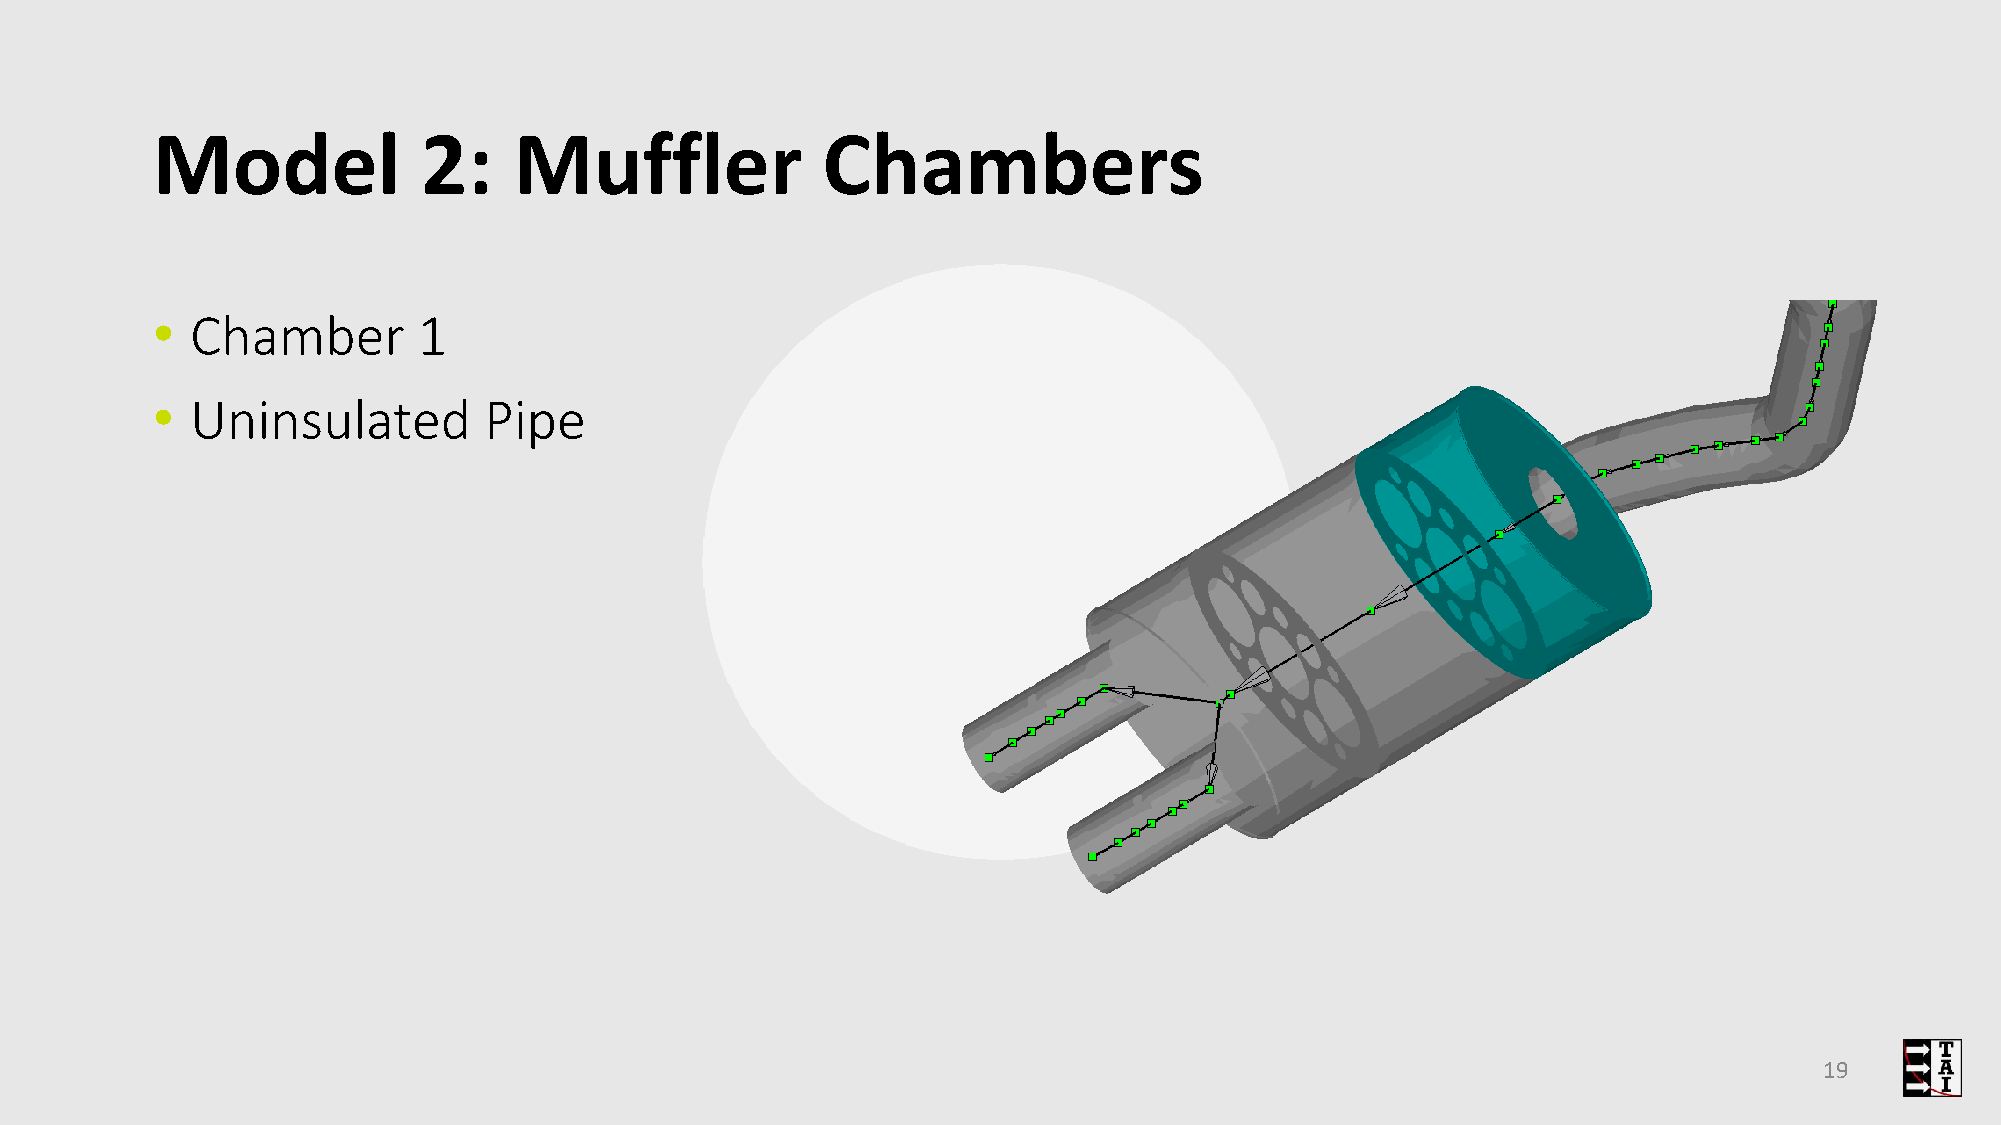
Model             2:    Muffler             Chambers
 •  Chamber        1
 •  Uninsulated        Pipe
 19